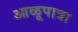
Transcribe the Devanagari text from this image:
आळूपात्रा